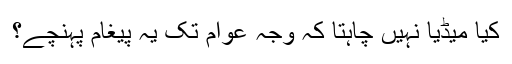
کیا میڈیا نہیں چاہتا کہ وجہ عوام تک یہ پیغام پہنچے؟